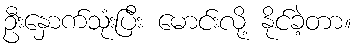
ဦးနှောက်သုံးပြီး မောင်းလို့ နိုင်ခဲ့တာ။